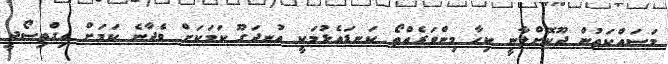
މަސައްކަތުން ދޫކޮށްލާނީ ކިހާ މިންވަރެއްތޯ ކަނޑައެޅުމަކީ އުނދަގޫ ކަމަކަށް ވެދާނެ ކަމަށް އިގްތިސޯދީ